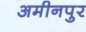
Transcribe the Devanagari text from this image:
अमीनपुर